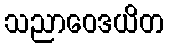
သညာဝေဒယိတ